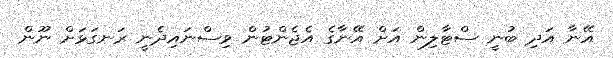
އޭނާ އަދި ބުނީ ސްޓާލިން އަށް އޭނާގެ އެޖެންޓުން ވިސްނައިދެނީ ރަނގަޅަށް ނޫން